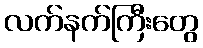
လက်နက်ကြီးတွေ